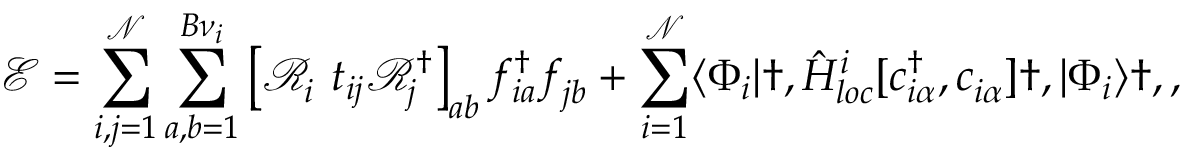
\mathcal { E } = \sum _ { i , j = 1 } ^ { \mathcal { N } } \sum _ { a , b = 1 } ^ { B { \nu } _ { i } } \left[ \mathcal { R } _ { i } ^ { \phantom { \dagger } } t _ { i j } \mathcal { R } _ { j } ^ { \dagger } \right] _ { a b } f _ { i a } ^ { \dagger } f _ { j b } ^ { \phantom { \dagger } } + \sum _ { i = 1 } ^ { \mathcal { N } } \langle \Phi _ { i } | \dag , \hat { H } _ { l o c } ^ { i } [ c _ { i \alpha } ^ { \dagger } , c _ { i \alpha } ^ { \phantom { \dagger } } ] \dag , | \Phi _ { i } \rangle \dag , ,